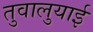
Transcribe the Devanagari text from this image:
तुवालुयाई